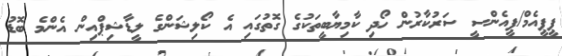
ޕީޕީއެމް/ޕީއެންސީ ސަރުކާރުން ހޯދި ކާމިޔާބީތަކުގެ ގޮތުގައި އެ ކޯލިޝަންގެ ލީޑާޝިޕްއިން އެންމެ ބޮޑު